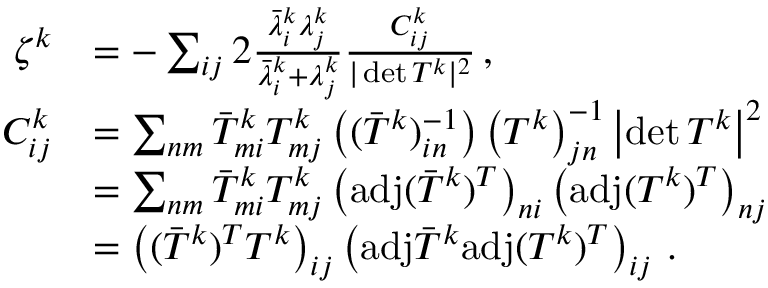
\begin{array} { r l } { \zeta ^ { k } } & { = - \sum _ { i j } 2 \frac { \bar { \lambda } _ { i } ^ { k } \lambda _ { j } ^ { k } } { \bar { \lambda } _ { i } ^ { k } + \lambda _ { j } ^ { k } } \frac { C _ { i j } ^ { k } } { \vert \operatorname* { d e t } T ^ { k } \vert ^ { 2 } } \, , } \\ { C _ { i j } ^ { k } } & { = \sum _ { n m } \bar { T } _ { m i } ^ { k } T _ { m j } ^ { k } \left( ( \bar { T } ^ { k } ) _ { i n } ^ { - 1 } \right) \left( T ^ { k } \right) _ { j n } ^ { - 1 } \left\vert \operatorname* { d e t } T ^ { k } \right\vert ^ { 2 } } \\ & { = \sum _ { n m } \bar { T } _ { m i } ^ { k } T _ { m j } ^ { k } \left( \mathrm { a d j } ( \bar { T } ^ { k } ) ^ { T } \right) _ { n i } \left( \mathrm { a d j } ( T ^ { k } ) ^ { T } \right) _ { n j } } \\ & { = \left( ( \bar { T } ^ { k } ) ^ { T } T ^ { k } \right) _ { i j } \left( \mathrm { a d j } \bar { T } ^ { k } \mathrm { a d j } ( T ^ { k } ) ^ { T } \right) _ { i j } \, . } \end{array}